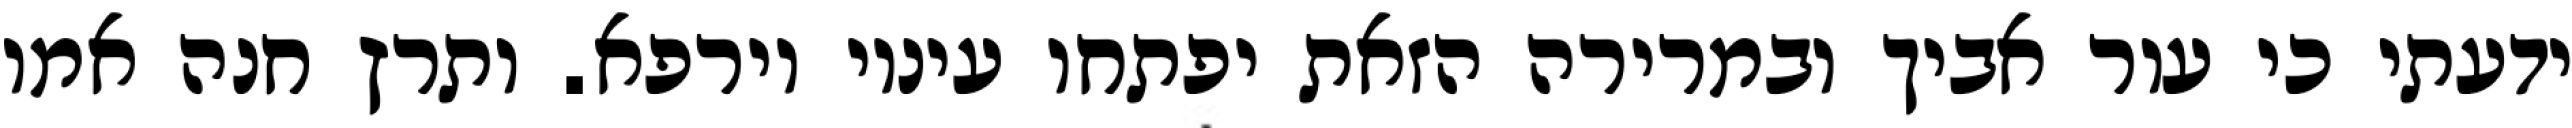
ידעתי כי עור אביך ובמרירה הזאת יפתחו עיניו וירפא. ותרץ חנה אמו